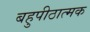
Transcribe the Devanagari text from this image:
बहुपीठात्मक